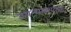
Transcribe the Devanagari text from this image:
उपन्यासपरक।